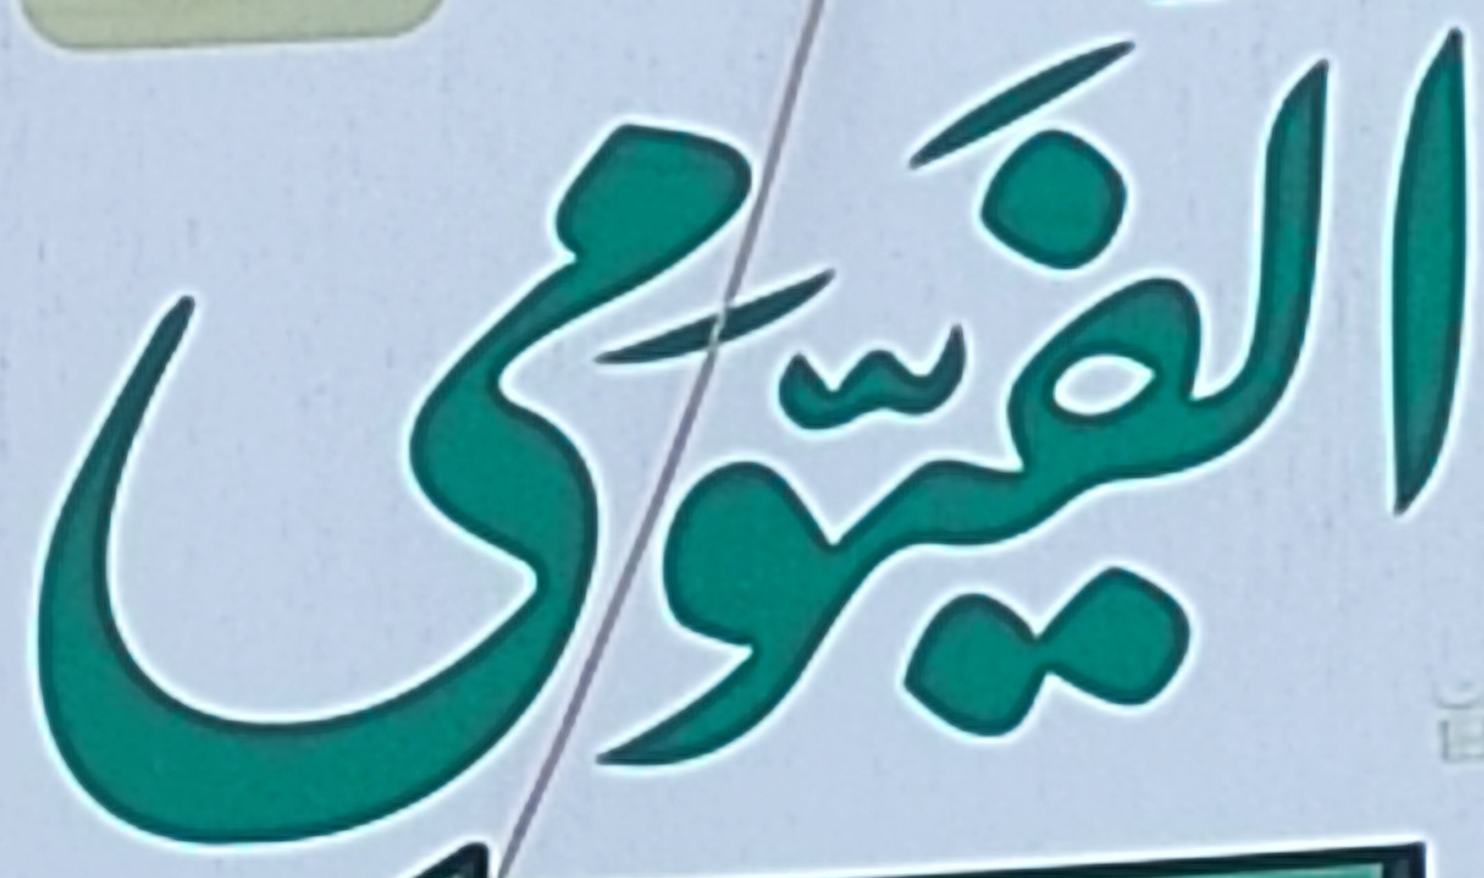
الفيومى